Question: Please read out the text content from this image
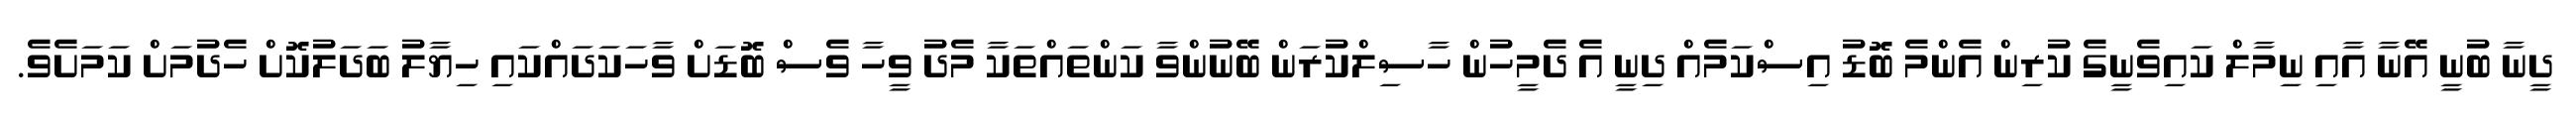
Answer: ދީނާ ބުނީ އޭނާ އާއި ނިމާލް ކައިވެނީގެ ކުރިން އެންމެ ބޮޑު އިސްކަމެއް ދިނީ އެ ދެމީހުން ހާސިލްކުރަން ބޭނުންވާ ކަންތައްތަކާ މެދު ވީހާ ވެސް ބޮޑަށް ވާހަކަދައްކައި ހިޔާލު ބަދަލުކޮށް ހެދުމަށް ކަމަށެވެ.